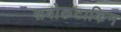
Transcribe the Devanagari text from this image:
सबोकटाकिन